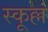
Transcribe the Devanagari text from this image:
स्कूल्लं